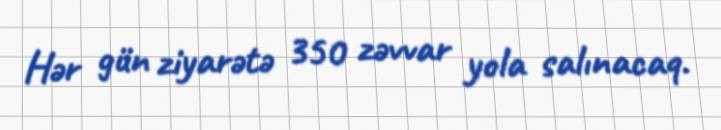
Hər gün ziyarətə 350 zəvvar yola salınacaq.